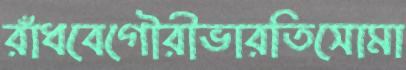
রাঁধবেগৌরীভারতিসোমা